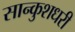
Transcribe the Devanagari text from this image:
सान्कुशधरी